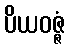
ပိယဝဇ္ဇံ